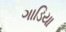
ગાડિયા